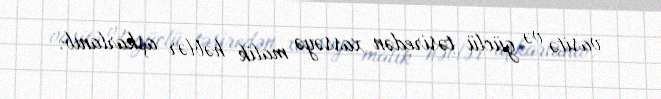
vasitə və güclü təsiredən xassəyə malik həblər aşkarlanıb.